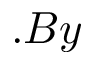
. B y